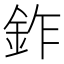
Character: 鈼